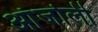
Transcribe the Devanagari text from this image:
आंजोली